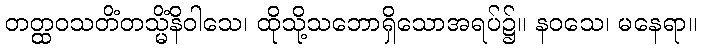
တတ္ထဝသတိံတသ္မိံနိဝါသေ၊ ထိုသို့သဘောရှိသောအရပ်၌။ နဝသေ၊ မနေရာ။